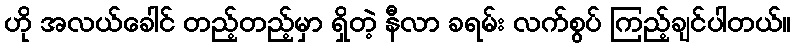
ဟို အလယ်ခေါင် တည့်တည့်မှာ ရှိတဲ့ နီလာ ခရမ်း လက်စွပ် ကြည့်ချင်ပါတယ်။